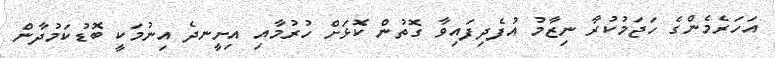
އަހަރެމެންގެ ހަޖަމުކުރާ ނިޒާމު އުފެދިފައިވާ ގޮތުން ކޮޅަށް ހުރުމާއި އިށީނދެ އިނުމަކީ ބޮޑުކަމުދާން